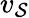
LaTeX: v_{\mathcal{S}}